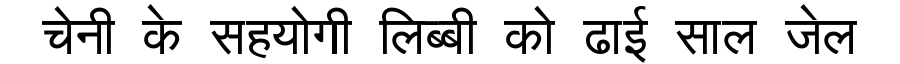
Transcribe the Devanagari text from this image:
चेनी के सहयोगी लिब्बी को ढाई साल जेल